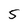
Character: 5